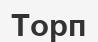
Торп